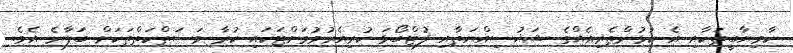
ކާމިޔާބީތަކާއި އެ ކުޅުންތެރިއެއްގެ ޝަޚުސިއްޔަތާއި ފުޓްބޯޅަ ކުރިއެރުވުމަށްޓަކައި ކުރާ މަސަތްކަތްތަކަށް ބަލާނެ އެވެ.